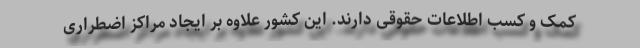
کمک و کسب اطلاعات حقوقی دارند. این کشور علاوه بر ایجاد مراکز اضطراری